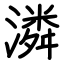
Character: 潾